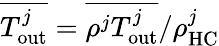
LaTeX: \overline{{T_{\textrm{out}}^{j}}}=\overline{{\rho^{j}T_{\textrm{out}}^{j}}}/\rho_{\textrm{HC}}^{j}